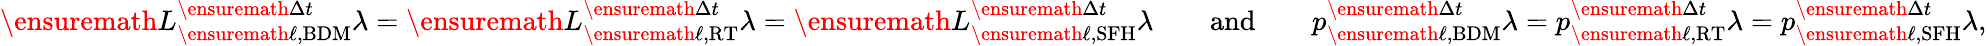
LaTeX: \ensuremath{L}_{\ensuremath{\ell},\textup{BDM}}^{\ensuremath{\Delta t}}\lambda=\ensuremath{L}_{\ensuremath{\ell},\textup{RT}}^{\ensuremath{\Delta t}}\lambda=\ensuremath{L}_{\ensuremath{\ell},\textup{SFH}}^{\ensuremath{\Delta t}}\lambda\qquad\mathrm{and}\qquad p_{\ensuremath{\ell},\textup{BDM}}^{\ensuremath{\Delta t}}\lambda=p_{\ensuremath{\ell},\textup{RT}}^{\ensuremath{\Delta t}}\lambda=p_{\ensuremath{\ell},\textup{SFH}}^{\ensuremath{\Delta t}}\lambda,